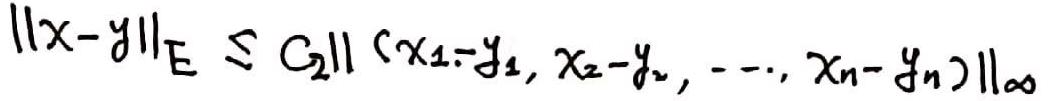
$\|x - y\|_E \leq C_2 \|(x_1 - y_1, x_2 - y_2, \ldots, x_n - y_n)\|_{\infty}$